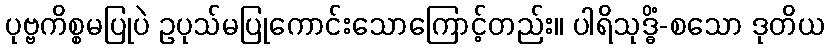
ပုဗ္ဗကိစ္စမပြုပဲ ဥပုသ်မပြုကောင်းသောကြောင့်တည်း။ ပါရိသုဒ္ဓိံ-စသော ဒုတိယ